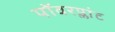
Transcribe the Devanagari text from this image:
पॉवरप्लांट